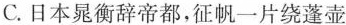
C.日本晁衡辞帝都，征帆一片绕蓬壶